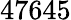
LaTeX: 47645